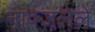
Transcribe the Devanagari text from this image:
नावजलेले